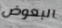
البعوض